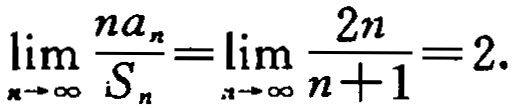
\(\lim_{n \to \infty} \frac{na_{n}}{S_{n}}=\lim_{n \to \infty} \frac{2n}{n + 1}=2.\)